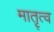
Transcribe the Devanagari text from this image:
मातृ्त्व